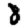
Digit: 8